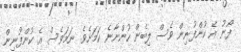
ފޯނު އެ ކުންފުނިން ވެސް ލިބެން ހުންނާނެ ކަމަށެވެ. ނަމަވެސް އެ ކުންފުނިން